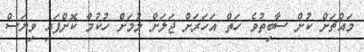
މައްޗަށް ކުށް ސާބިތުވެ ހަތް އަހަރަށް ޖަލަށް ލުމަށް ހުކުމް ކޮށްފައި ވިޔަސް